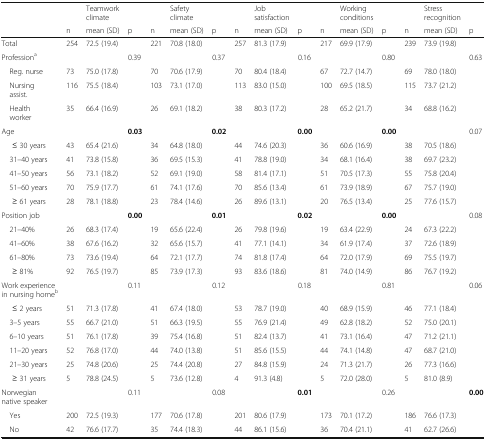
<table><thead><tr><td></td><td></td><td><b>Teamwork climate</b></td><td></td><td></td><td><b>Safety climate</b></td><td></td><td></td><td><b>Job satisfaction</b></td><td></td><td></td><td><b>Working conditions</b></td><td></td><td></td><td><b>Stress recognition</b></td><td></td></tr><tr><td></td><td><b>n</b></td><td><b>mean (SD)</b></td><td><b>p</b></td><td><b>n</b></td><td><b>mean (SD)</b></td><td><b>p</b></td><td><b>n</b></td><td><b>mean (SD)</b></td><td><b>p</b></td><td><b>n</b></td><td><b>mean (SD)</b></td><td><b>p</b></td><td><b>n</b></td><td><b>mean (SD)</b></td><td><b>p</b></td></tr></thead><tbody><tr><td>Total</td><td>254</td><td>72.5 (19.4)</td><td></td><td>221</td><td>70.8 (18.0)</td><td></td><td>257</td><td>81.3 (17.9)</td><td></td><td>217</td><td>69.9 (17.9)</td><td></td><td>239</td><td>73.9 (19.8)</td><td></td></tr><tr><td>Profession<sup>a</sup></td><td></td><td></td><td>0.39</td><td></td><td></td><td>0.37</td><td></td><td></td><td>0.16</td><td></td><td></td><td>0.80</td><td></td><td></td><td>0.63</td></tr><tr><td> Reg. nurse</td><td>73</td><td>75.0 (17.8)</td><td></td><td>70</td><td>70.6 (17.9)</td><td></td><td>70</td><td>80.4 (18.4)</td><td></td><td>67</td><td>72.7 (14.7)</td><td></td><td>69</td><td>78.0 (18.0)</td><td></td></tr><tr><td> Nursing assist.</td><td>116</td><td>75.5 (18.4)</td><td></td><td>103</td><td>73.1 (17.0)</td><td></td><td>113</td><td>83.0 (15.0)</td><td></td><td>100</td><td>69.5 (18.5)</td><td></td><td>115</td><td>73.7 (21.2)</td><td></td></tr><tr><td> Health worker</td><td>35</td><td>66.4 (16.9)</td><td></td><td>26</td><td>69.1 (18.2)</td><td></td><td>38</td><td>80.3 (17.2)</td><td></td><td>28</td><td>65.2 (21.7)</td><td></td><td>34</td><td>68.8 (16.2)</td><td></td></tr><tr><td>Age</td><td></td><td></td><td><b>0.03</b></td><td></td><td></td><td><b>0.02</b></td><td></td><td></td><td><b>0.00</b></td><td></td><td></td><td><b>0.00</b></td><td></td><td></td><td>0.07</td></tr><tr><td>≤ 30 years</td><td>43</td><td>65.4 (21.6)</td><td></td><td>34</td><td>64.8 (18.0)</td><td></td><td>44</td><td>74.6 (20.3)</td><td></td><td>36</td><td>60.6 (16.9)</td><td></td><td>38</td><td>70.5 (18.6)</td><td></td></tr><tr><td> 31–40 years</td><td>41</td><td>73.8 (15.8)</td><td></td><td>36</td><td>69.5 (15.3)</td><td></td><td>41</td><td>78.8 (19.0)</td><td></td><td>34</td><td>68.1 (16.4)</td><td></td><td>38</td><td>69.7 (23.2)</td><td></td></tr><tr><td> 41–50 years</td><td>56</td><td>73.1 (18.2)</td><td></td><td>52</td><td>69.1 (19.0)</td><td></td><td>58</td><td>81.4 (17.1)</td><td></td><td>51</td><td>70.5 (17.3)</td><td></td><td>55</td><td>75.8 (20.4)</td><td></td></tr><tr><td> 51–60 years</td><td>70</td><td>75.9 (17.7)</td><td></td><td>61</td><td>74.1 (17.6)</td><td></td><td>70</td><td>85.6 (13.4)</td><td></td><td>61</td><td>73.9 (18.9)</td><td></td><td>67</td><td>75.7 (19.0)</td><td></td></tr><tr><td>≥ 61 years</td><td>28</td><td>78.1 (18.8)</td><td></td><td>23</td><td>78.4 (14.6)</td><td></td><td>26</td><td>89.6 (13.1)</td><td></td><td>20</td><td>76.5 (13.4)</td><td></td><td>25</td><td>77.6 (15.7)</td><td></td></tr><tr><td>Position job</td><td></td><td></td><td><b>0.00</b></td><td></td><td></td><td><b>0.01</b></td><td></td><td></td><td><b>0.02</b></td><td></td><td></td><td><b>0.00</b></td><td></td><td></td><td>0.08</td></tr><tr><td> 21–40%</td><td>26</td><td>68.3 (17.4)</td><td></td><td>19</td><td>65.6 (22.4)</td><td></td><td>26</td><td>79.8 (19.6)</td><td></td><td>19</td><td>63.4 (22.9)</td><td></td><td>24</td><td>67.3 (22.2)</td><td></td></tr><tr><td> 41–60%</td><td>38</td><td>67.6 (16.2)</td><td></td><td>32</td><td>65.6 (15.7)</td><td></td><td>41</td><td>77.1 (14.1)</td><td></td><td>34</td><td>61.9 (17.4)</td><td></td><td>37</td><td>72.6 (18.9)</td><td></td></tr><tr><td> 61–80%</td><td>73</td><td>73.6 (19.4)</td><td></td><td>64</td><td>72.1 (17.7)</td><td></td><td>74</td><td>81.8 (17.4)</td><td></td><td>64</td><td>72.0 (17.9)</td><td></td><td>69</td><td>75.5 (19.7)</td><td></td></tr><tr><td>≥ 81%</td><td>92</td><td>76.5 (19.7)</td><td></td><td>85</td><td>73.9 (17.3)</td><td></td><td>93</td><td>83.6 (18.6)</td><td></td><td>81</td><td>74.0 (14.9)</td><td></td><td>86</td><td>76.7 (19.2)</td><td></td></tr><tr><td>Work experience in nursing home<sup>b</sup></td><td></td><td></td><td>0.11</td><td></td><td></td><td>0.12</td><td></td><td></td><td>0.18</td><td></td><td></td><td>0.81</td><td></td><td></td><td>0.06</td></tr><tr><td>≤ 2 years</td><td>51</td><td>71.3 (17.8)</td><td></td><td>41</td><td>67.4 (18.0)</td><td></td><td>53</td><td>78.7 (19.0)</td><td></td><td>40</td><td>68.9 (15.9)</td><td></td><td>46</td><td>77.1 (18.4)</td><td></td></tr><tr><td> 3–5 years</td><td>55</td><td>66.7 (21.0)</td><td></td><td>51</td><td>66.3 (19.5)</td><td></td><td>55</td><td>76.9 (21.4)</td><td></td><td>49</td><td>62.8 (18.2)</td><td></td><td>52</td><td>75.0 (20.1)</td><td></td></tr><tr><td> 6–10 years</td><td>51</td><td>76.1 (17.8)</td><td></td><td>39</td><td>75.4 (16.8)</td><td></td><td>51</td><td>82.4 (13.7)</td><td></td><td>41</td><td>73.1 (16.4)</td><td></td><td>47</td><td>71.2 (21.1)</td><td></td></tr><tr><td> 11–20 years</td><td>52</td><td>76.8 (17.0)</td><td></td><td>44</td><td>74.0 (13.8)</td><td></td><td>51</td><td>85.6 (15.5)</td><td></td><td>44</td><td>74.1 (14.8)</td><td></td><td>47</td><td>68.7 (21.0)</td><td></td></tr><tr><td> 21–30 years</td><td>25</td><td>74.8 (20.6)</td><td></td><td>25</td><td>74.4 (20.8)</td><td></td><td>27</td><td>84.8 (15.9)</td><td></td><td>24</td><td>71.3 (21.7)</td><td></td><td>26</td><td>77.3 (16.6)</td><td></td></tr><tr><td>≥ 31 years</td><td>5</td><td>78.8 (24.5)</td><td></td><td>5</td><td>73.6 (12.8)</td><td></td><td>4</td><td>91.3 (4.8)</td><td></td><td>5</td><td>72.0 (28.0)</td><td></td><td>5</td><td>81.0 (8.9)</td><td></td></tr><tr><td>Norwegian native speaker</td><td></td><td></td><td>0.11</td><td></td><td></td><td>0.08</td><td></td><td></td><td><b>0.01</b></td><td></td><td></td><td>0.26</td><td></td><td></td><td><b>0.00</b></td></tr><tr><td> Yes</td><td>200</td><td>72.5 (19.3)</td><td></td><td>177</td><td>70.6 (17.8)</td><td></td><td>201</td><td>80.6 (17.9)</td><td></td><td>173</td><td>70.1 (17.2)</td><td></td><td>186</td><td>76.6 (17.3)</td><td></td></tr><tr><td> No</td><td>42</td><td>76.6 (17.7)</td><td></td><td>35</td><td>74.4 (18.3)</td><td></td><td>44</td><td>86.1 (15.6)</td><td></td><td>36</td><td>70.4 (21.1)</td><td></td><td>41</td><td>62.7 (26.6)</td><td></td></tr></tbody></table>